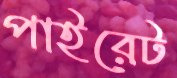
পাইরেট